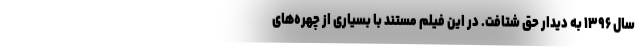
سال ۱۳۹۶ به دیدار حق شتافت. در این فیلم مستند با بسیاری از چهره‌های